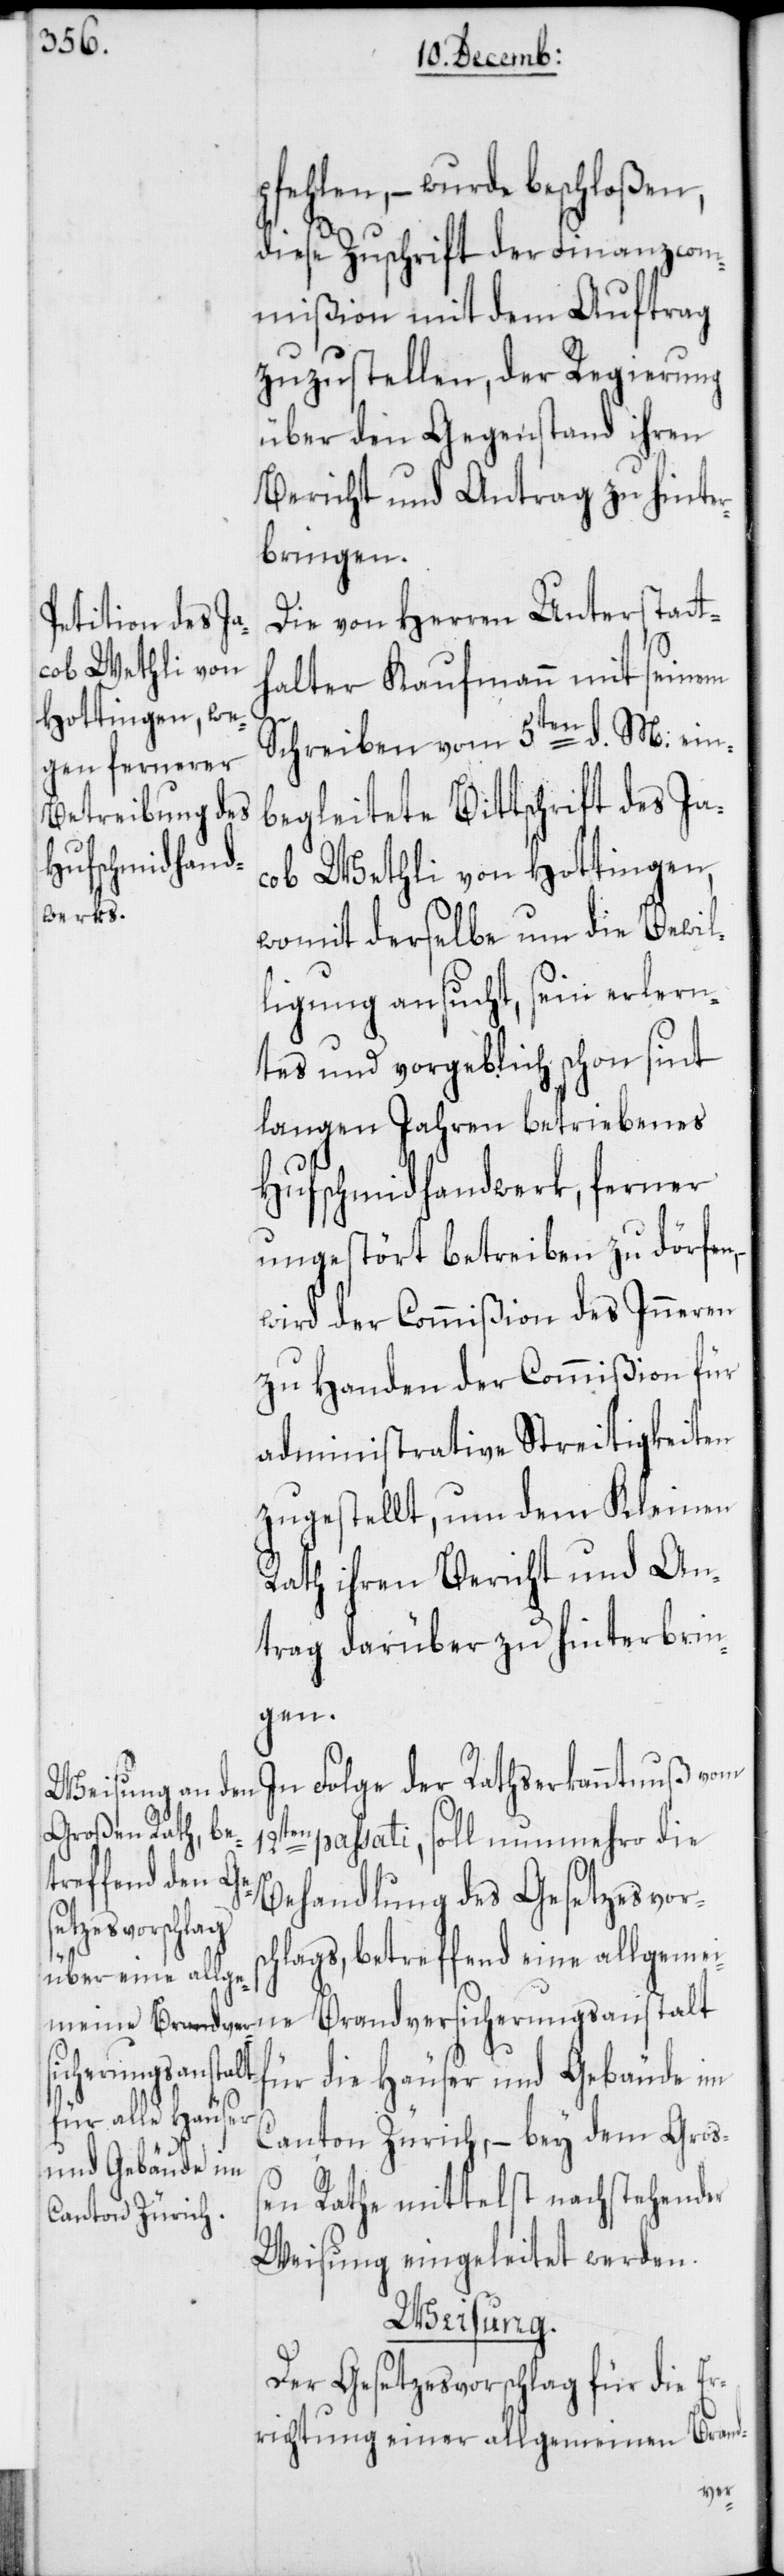
pfehlen, – wurde beschloßen,
diese Zuschrift der Finanzcom¬
mißion mit dem Auftrag
zuzustellen, der Regierung
über den Gegenstand ihren
Bericht und Antrag zu hinter¬
bringen.
Die von Herren Unterstatt¬
halter Kaufmann mit seinem
Schreiben vom 5ten d. M: ein¬
begleitete Bittschrift des Ja¬
cob Wethli von Hottingen,
womit derselbe um die Bewil¬
ligung ansucht, sein erlern¬
tes und vorgeblich schon sint
langen Jahren betriebenes
Hufschmidhandwerk, ferner
ungestört betreiben zu dörfen,
wird der Commißion des Inneren
zu Handen der Commißion für
administrative Streitigkeiten
zugestellt, um dem Kleinen
Rath ihren Bericht und An¬
trag darüber zu hinterbrin¬
gen.
In Folge der Rathserkanntnuß vom
passati, soll nunmehro die
Behandlung des Gesetzesvorsc¬
ne Brandvers¬
hlags, betreffend eine allgemei¬
icherungsanstalt
für die Häuser und Gebäude im
Canton Zürich, – bey dem Groß¬
en Rathe mittelst nachstehender
Weisung eingeleitet werden.
Weisung.
Der Gesetzesvorschlag für die Er¬
richtung einer allgemeinen Brand-